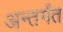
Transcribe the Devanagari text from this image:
अन्तर्गंत